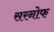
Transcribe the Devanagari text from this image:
सरनोफ